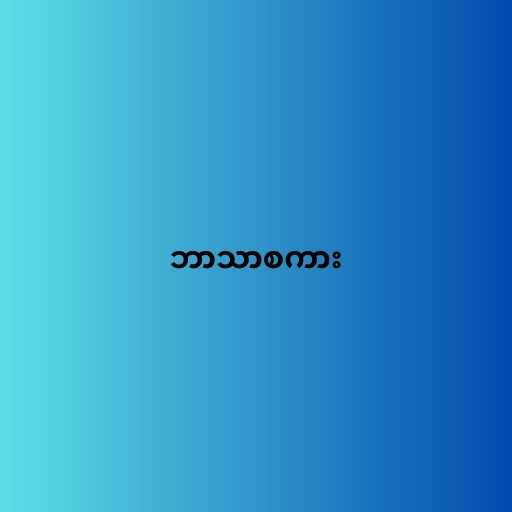
ဘာသာစကား